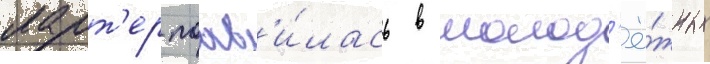
ларт'ер поав'и́лась в молод'ё́жных